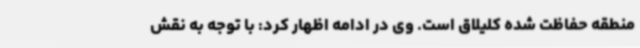
منطقه حفاظت‌ شده کلیلاق است. وی در ادامه اظهار کرد: با توجه به نقش